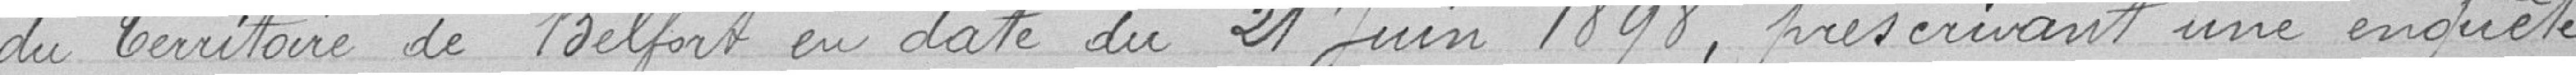
du territoire de Belfort en date du 21 juin 1898, prescrivant une enquête